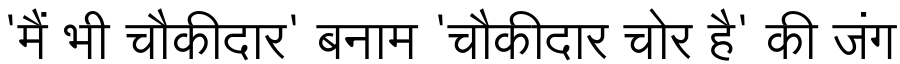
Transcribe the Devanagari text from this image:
'मैं भी चौकीदार' बनाम 'चौकीदार चोर है' की जंग